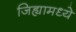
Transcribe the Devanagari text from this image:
जिह्यामध्ये